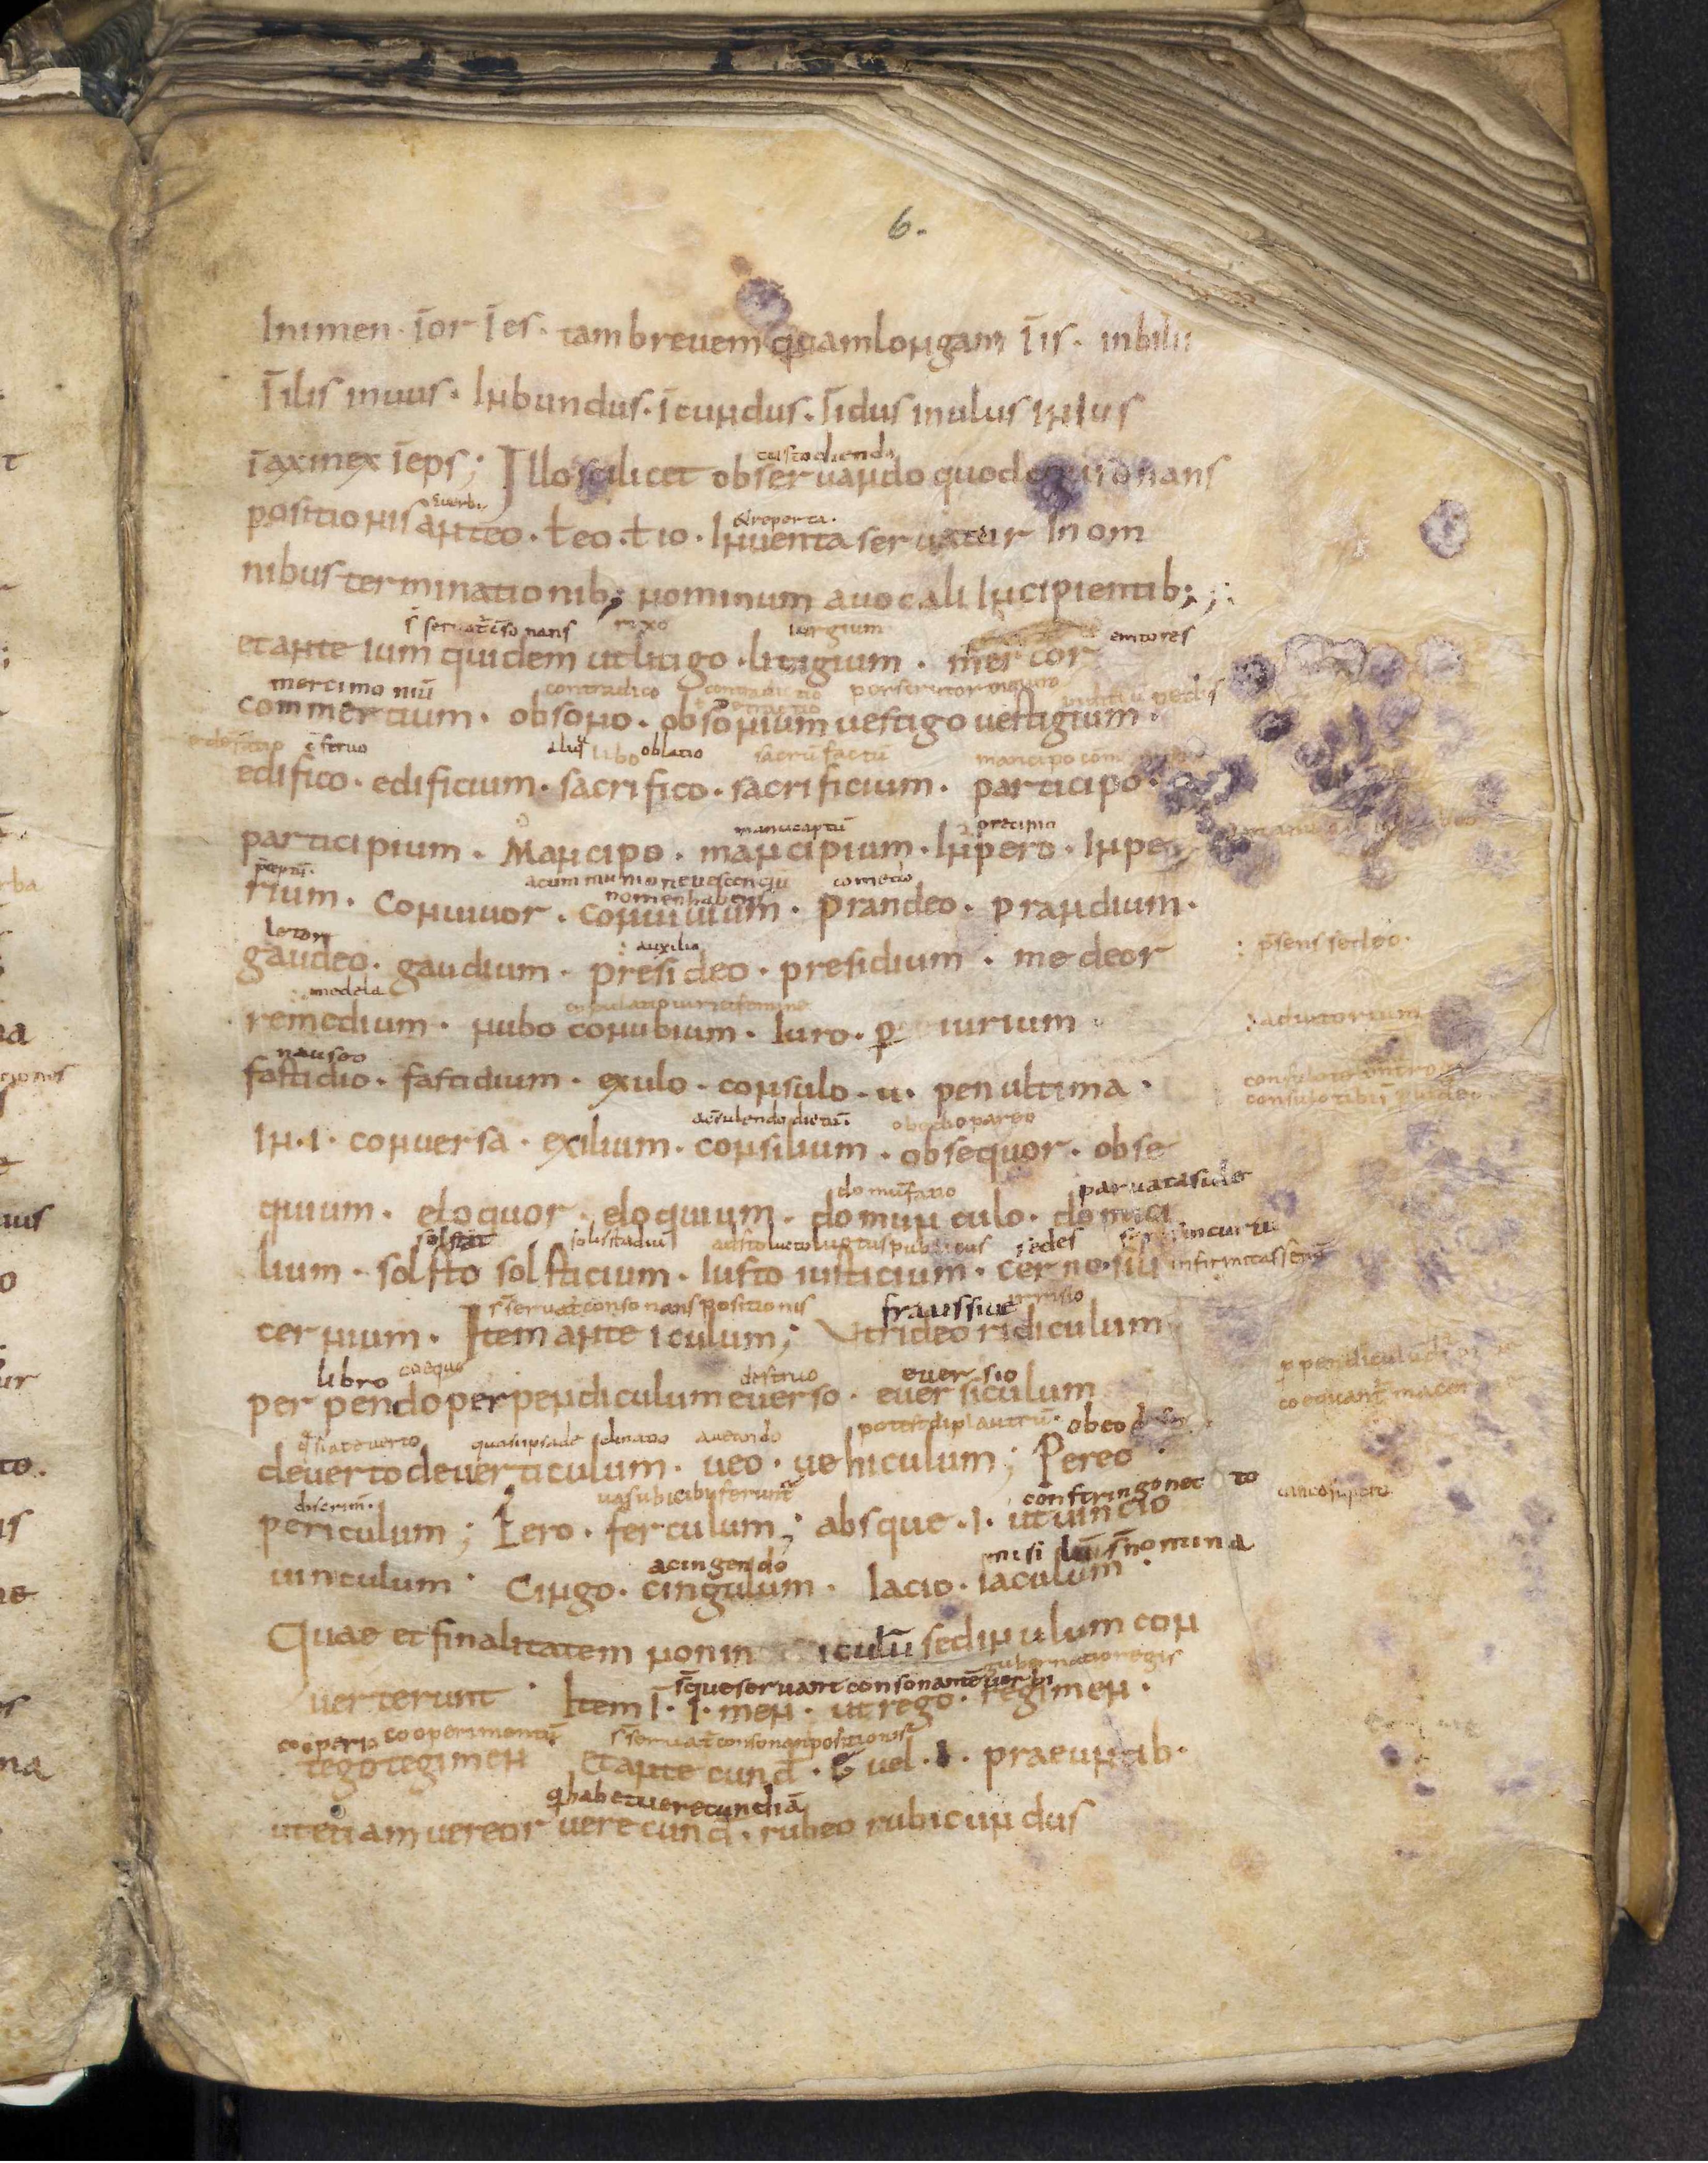
Shelfmark: Leiden, Bibliotheek der Rijksuniversiteit, Voss. Lat. O 41
Century: 9